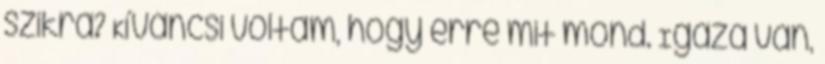
szikra? Kíváncsi voltam, hogy erre mit mond. Igaza van,